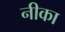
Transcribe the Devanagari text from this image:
नीका